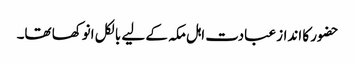
حضور کا انداز عبادت اہل مکہ کے لیے بالکل انوکھا تھا۔